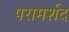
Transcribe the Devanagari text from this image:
परामर्शद